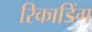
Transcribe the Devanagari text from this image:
रिकाडिंग